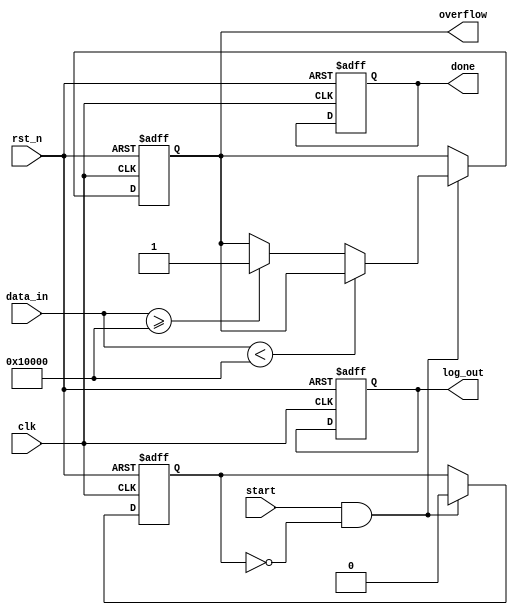
module cordic_logarithm (
    input clk,
    input rst_n,
    input start,
    input [31:0] data_in, // input value
    output reg [31:0] log_out, // logarithm output
    output reg done,  // status flag for completion
    output reg overflow // status flag for overflow
);

// Parameters - These should be adapted to your requirements
parameter NUM_STAGES = 16; // Number of CORDIC stages
parameter FIXED_POINT_SCALE = 32'h00010000; // Scale for fixed point representation

// CORDIC angle values for logarithm (in radians, typically need to be adjusted for logarithmic functions)
reg [31:0] angles [0:NUM_STAGES-1];

initial begin
    // Populate the angle table (in radians, for example), these would be pre-computed
    angles[0] = 32'h00000000; // angle for stage 0, adjust accordingly
    angles[1] = 32'h00000001; // example values
    // Fill in other angles...
end

reg [31:0] x; // x value representing the input normalized value
reg [31:0] y; // y value for CORDIC calculations
reg [31:0] z; // angle value
reg [3:0] stage; // current stage counter
reg completed; // indicates if CORDIC is completed

always @(posedge clk or negedge rst_n) begin
    if (!rst_n) begin
        // Reset signals
        log_out <= 32'b0;
        done <= 1'b0;
        overflow <= 1'b0;
        stage <= 0;
        completed <= 1'b0;
    end else begin
        if (start && !completed) begin
            // Normalize input (example logic)
            if (data_in < FIXED_POINT_SCALE) begin
                x <= data_in * FIXED_POINT_SCALE; // Scale the input to [1, 2]
            end else if (data_in >= FIXED_POINT_SCALE) begin
                overflow <= 1'b1; // mark overflow
                completed <= 1'b1;
            end else begin
                x <= data_in;
            end
            
            y <= 32'b0; // x is the input, y is initially 0
            z <= 32'b0; // initial angle is 0

            // Start CORDIC iterations
            stage <= 0;
            completed <= 1'b0;
        end else if (!completed && stage < NUM_STAGES) begin
            // CORDIC computation
            if (z < 0) begin // Need to adjust based on the angle logic
                x <= x + (y >>> stage); // adjust x for counter-clockwise rotation
                y <= y - (x >>> stage); // adjust y for counter-clockwise
                z <= z + angles[stage]; // Update angle z
            end else begin // Counter-clockwise rotation
                x <= x - (y >>> stage); // adjust x for clockwise rotation
                y <= y + (x >>> stage); // adjust y for clockwise
                z <= z - angles[stage]; // Update angle z
            end
            
            stage <= stage + 1; // Move to the next stage
        end else if (stage == NUM_STAGES) begin
            // Output the result after completing iterations
            log_out <= x; // Example output; additional scaling may be required
            completed <= 1'b1;
            done <= 1'b1;
        end
    end
end

endmodule